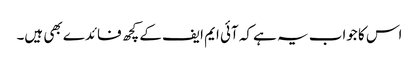
اس کا جواب یہ ہے کہ آئی ایم ایف کے کچھ فائدے بھی ہیں۔